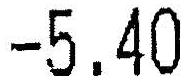
-5.40